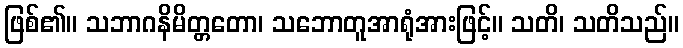
ဖြစ်၏။ သဘာဂနိမိတ္တတော၊ သဘောတူအာရုံအားဖြင့်။ သတိ၊ သတိသည်။